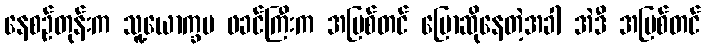
နေစဉ်တုန်းက သူ့ယောက္ခမ ဖခင်ကြီးက အပြစ်တင် ပြောဆိုနေတဲ့အခါ အဲဒီ အပြစ်တင်